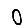
Digit: 0